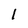
Character: 1